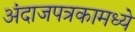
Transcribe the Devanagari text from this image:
अंदाजपत्रकामध्ये